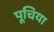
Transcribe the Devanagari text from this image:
पूचिया